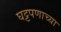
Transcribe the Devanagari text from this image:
घट्टपणाच्या